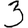
Digit: 3